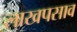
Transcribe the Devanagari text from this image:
लाखपसाव